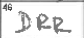
Transcription: DRR